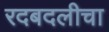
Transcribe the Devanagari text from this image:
रदबदलीचा